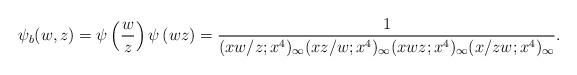
LaTeX: \begin{align*}\psi_b (w, z)=\psi \left( \frac{w}{z} \right) \psi \left( wz \right) =\frac{1}{(xw/z;x^4)_{\infty}(xz/w;x^4)_{\infty}(xwz;x^4)_{\infty}(x/zw;x^4)_{\infty}}. \end{align*}